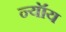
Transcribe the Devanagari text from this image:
न्यॉय